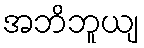
အဘိဘူယျ